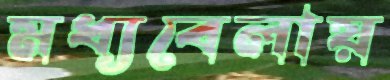
মধ্যবেলায়